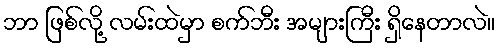
ဘာ ဖြစ်လို့ လမ်းထဲမှာ စက်ဘီး အများကြီး ရှိနေတာလဲ။